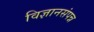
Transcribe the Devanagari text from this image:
विज्ञानसंपन्न